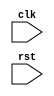
module divider(
           input clk,
           input rst
       );

parameter div4 = 4;
parameter div2 = 2;

reg [2:0] cnt;
reg clk_div4;

always @ (posedge clk,posedge rst)
begin
    if(rst)
    begin
        cnt <= 3'd0;
    end
    else
    begin
        if(cnt == div4-1)
        begin
            cnt <= 3'd0;
        end
        else
        begin
            cnt <= cnt + 3'd1;
        end
    end
end

always @ (posedge clk , posedge rst)
begin
    if(rst)
    begin
        clk_div4 <= 1'd0;
    end
    else
    begin
        if( (cnt == div2-1) | (cnt == div4-1))
        begin
            clk_div4 <= ~clk_div4;
        end
        else
        begin
            clk_div4 <= clk_div4;
        end
    end
end

endmodule